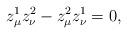
LaTeX: \begin{gather*}z^1_{\mu}z^2_{\nu}-z^2_{\mu}z^1_{\nu}=0,\end{gather*}